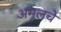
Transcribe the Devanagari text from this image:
अमूलचे